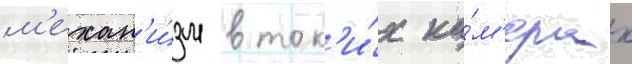
м'ехан'и́зм в так'и́х ка́м'ерах